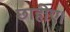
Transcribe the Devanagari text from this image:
छाहीए।